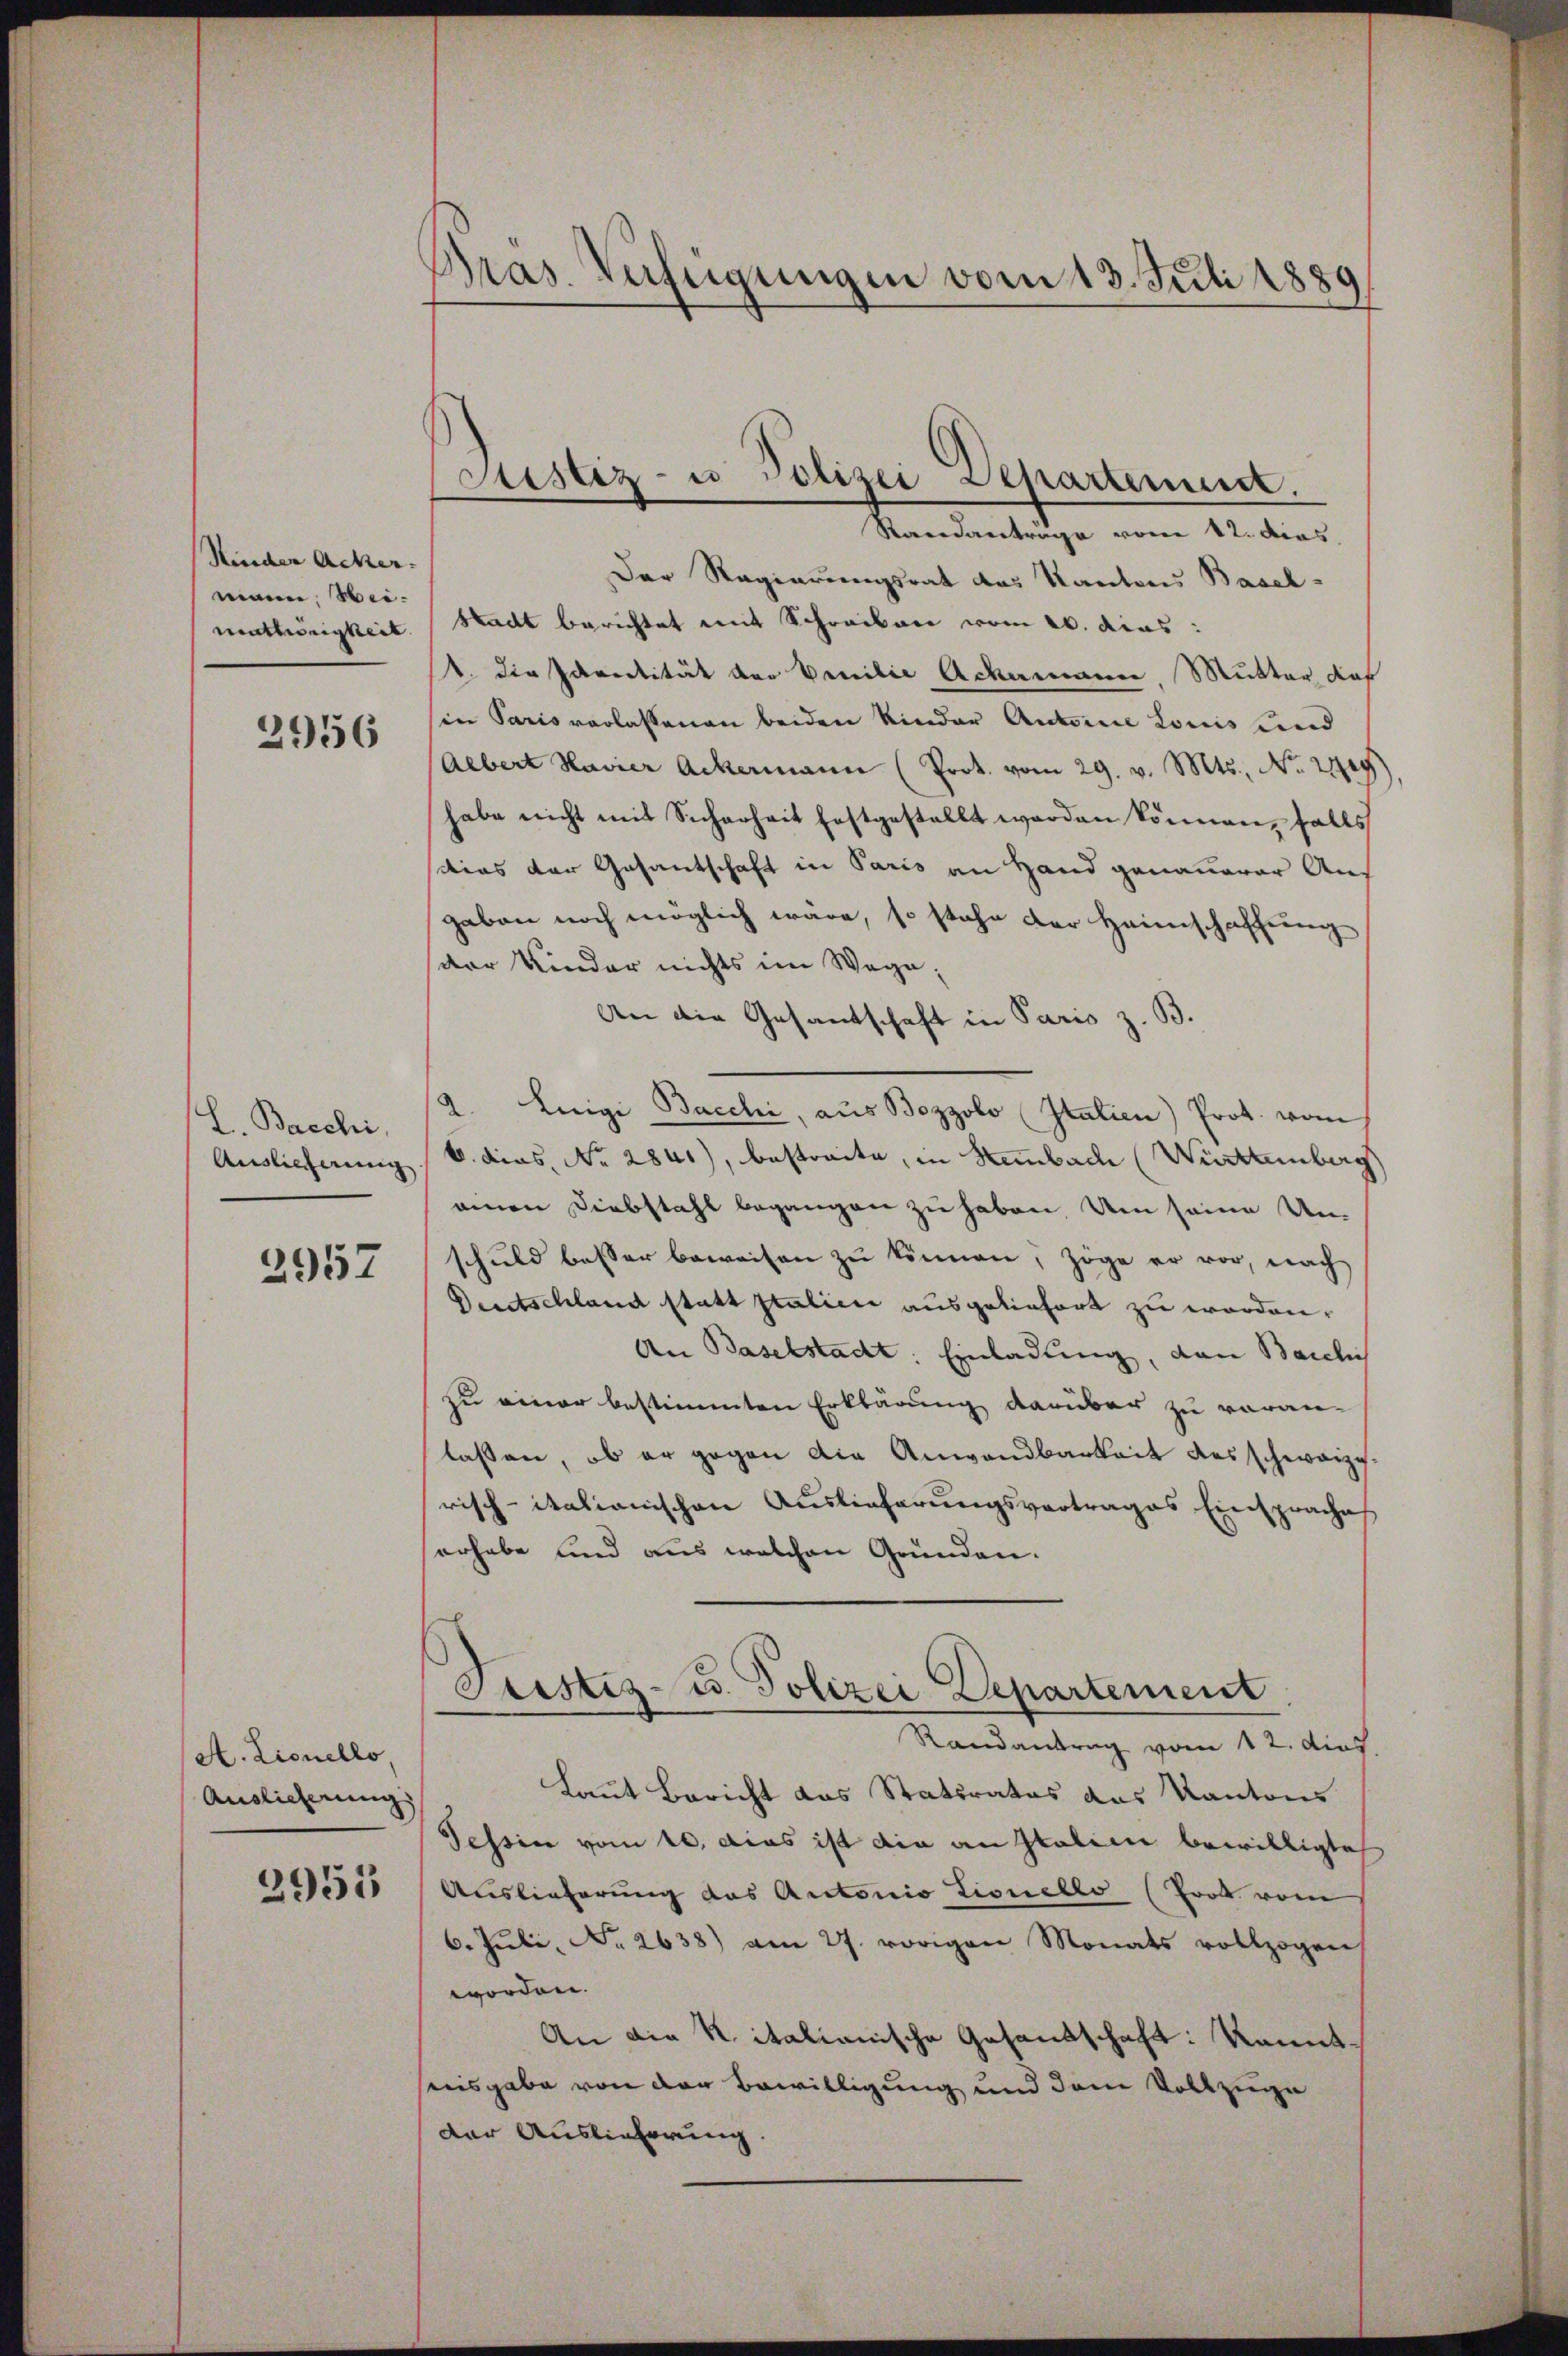
Kinder Acker.
mann, Weimathrigkeit

2956

L. Bacchi,
Auslicherung

2957

A. Lionello,
Auslieferung
2955

Gras Verfügungen vom 13. Juli 1889

Justiz- u. Polizei Departement.
Randantrage vom 12. dies

Der Regierungsrat das Kantons Basel-
Stadt berichtet mit Schreiben vom 20. dies:
1. die Identität der Venilie Ackermann, Mutter, daß
in Paris verlassenen beiden Kinder Autorie Louis und
(Albert Havier Ackermann (Prot. vom 29. v. Mts., No. 2149)
habe nicht mit Sicherheit festgestellt werden können, falls
dies der Gesandtschaft in Paris an Hand genauerer Aus
gaben noch möglich wäre, so stehe der Heimschaffung
der Kinder nichts im Wege.
An die Gesantschaft in Paris z. B.
l. Luigi Bacchi, aus Bozzolo Italien) Prot. vom
b. das No 2841), bestreite, in Hemmbach Württemberg
einen Diebstahl begangen zu haben. Um seine Un-
schuld besser beweisen zu können, zöge er vor, nach
Deutschland statt Italien ausgeliefert zu worden.
An Baselstadt: Einladung, dann Barclich
zu einer bestimmten Erklärung darüber zu voran-
lassen, ob er gegen die Anwandbarkeit des schweize
risch-italionischen Auslieferungsvertrages Einspraches
erhabe und aus welchen Gründen.
Tristiz- u. Polizei Departement
Randantrag vom 12. dies
Laut Bericht das Staturatos das Kantons
Tessin vom 10. Das ist die an Italin bewilligte
Auslieferung das Antonio Lionello (Trot vom
6. Jŭli No 2638) am 27. vorigen Monats vollzogen
worden.
An die Ritalianische Gesandschaft: Kanntseusgabe von der Bewilligung und dem Vollzuge
Der Auslieferung.